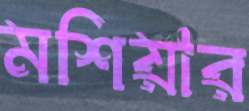
মশিয়ার